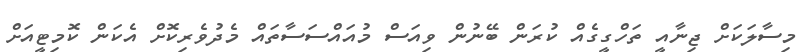
މިސާލަކަށް ޖިނާއީ ތަހްގީގެއް ކުރަން ބޭނުން ވިއަސް މުއައްސަސާތައް މެދުވެރިކޮށް އެކަން ކޮމިޓީއަށް